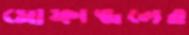
মোফাজ্জলের